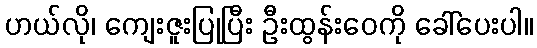
ဟယ်လို၊ ကျေးဇူးပြုပြီး ဦးထွန်းဝေကို ခေါ်ပေးပါ။